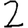
Digit: 2